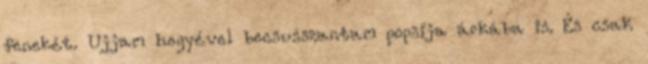
fenekét. Ujjam hegyével becsusszantam popsija árkába is. És csak